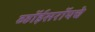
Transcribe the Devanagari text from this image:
व्हॉईसरॉयचे